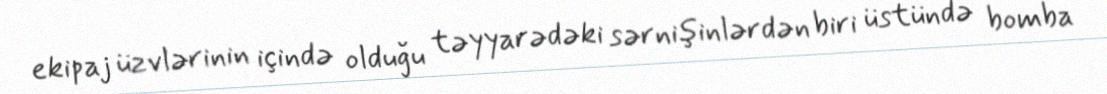
ekipaj üzvlərinin içində olduğu təyyarədəki sərnişinlərdən biri üstündə bomba